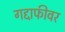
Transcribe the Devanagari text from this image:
गद्दाफीवर